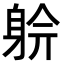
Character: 𨉅